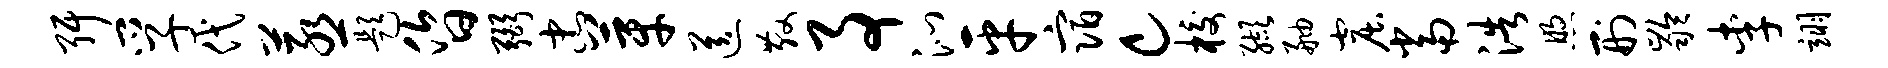
弭孚代蒸题昏弼忠芽送散事沁平宿c校缬舳窟当浩煦刑龄李翊